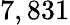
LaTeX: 7,831